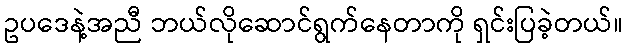
ဥပဒေနဲ့အညီ ဘယ်လိုဆောင်ရွက်နေတာကို ရှင်းပြခဲ့တယ်။